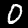
Label: 0